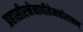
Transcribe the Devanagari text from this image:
प्रहासीरनेनाधीतेनाहोरात्रान्